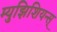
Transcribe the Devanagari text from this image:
म्युझिशियन्स्